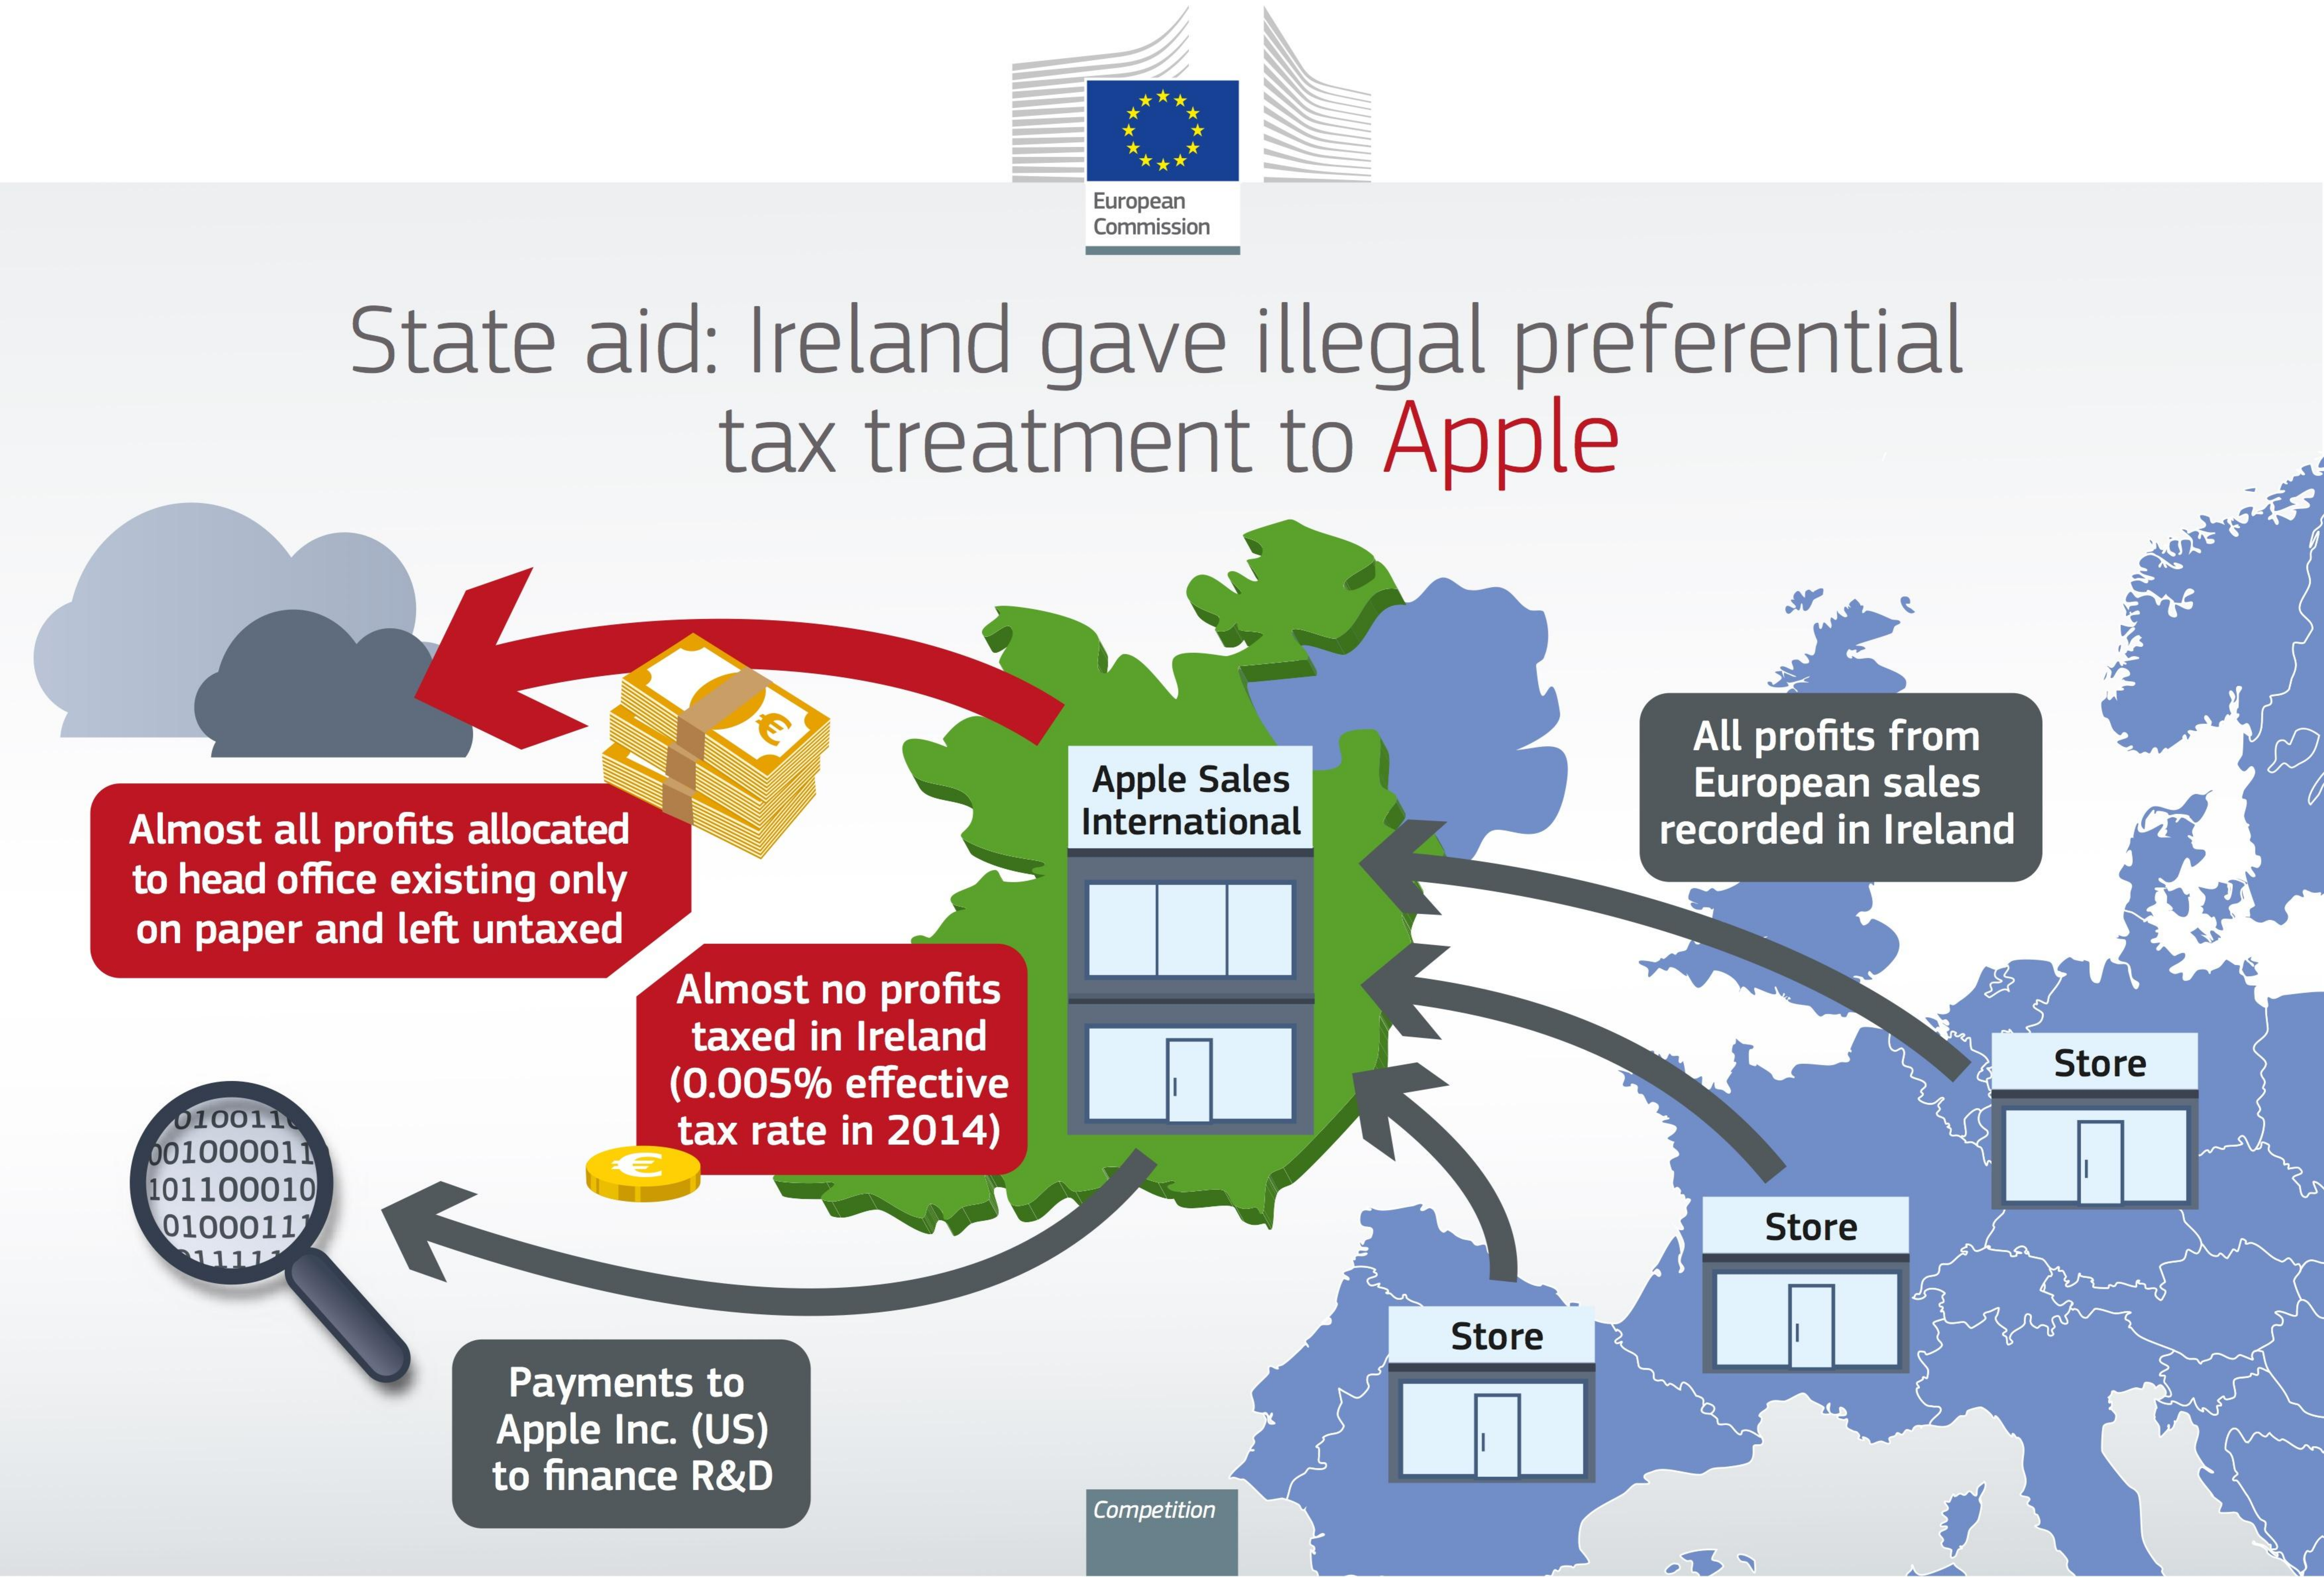
European
     Commission
     State aid: Ireland gave   illegal preferential
     tax treatment    to Apple
     All profits from
     Apple Sales    European sales
    Almost all profits allocated International   recorded in Ireland
    to head office existing only
    on paper and left untaxed
     Almost no profits
     taxed in Ireland
     (0.005% effective
     Store
     0100116
     001000011
     tax rate in 2014)
     101100010
     €
     01000111    Store
     11117
     Store
     Payments to
     Apple Inc. (US)
     to finance R&D
     Competition